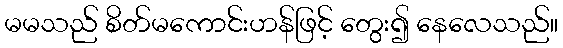
မမသည် စိတ်မကောင်းဟန်ဖြင့် တွေး၍ နေလေသည်။